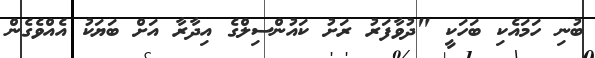
ބުނި ހަމައެކި ބަހަކީ "ދުވާފަރު ރަށު ކައުންސިލްގެ އިދާރާ އަށް ބަޔަކު އެއްވެގެން